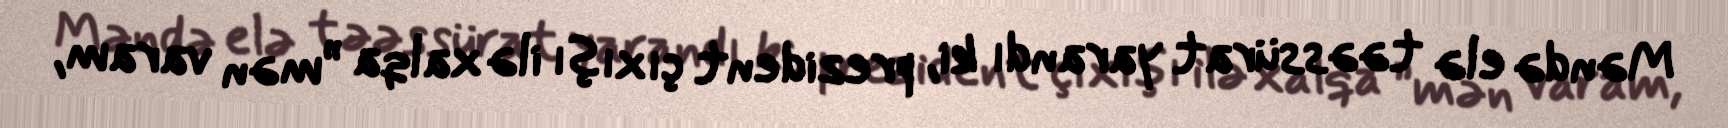
Məndə elə təəssürat yarandı ki, prezident çıxışı ilə xalqa ”mən varam,